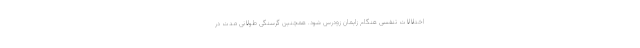
اختلالات تنفسی هنگام زایمان زودرس شود. همچنین گرسنگی طولانی مدت در